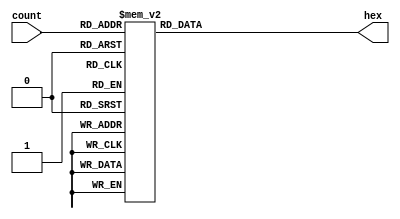
module s_seg(input [3:0] count, output reg [6:0] hex);
    always @(count) begin
        hex = 7'b0;
        case (count)
            4'd0: hex = 7'b1000000;
            4'd1: hex = 7'b1111001;
            4'd2: hex = 7'b0100100;
            4'd3: hex = 7'b0110000;
            4'd4: hex = 7'b0011001;
            4'd5: hex = 7'b0010010;
            4'd6: hex = 7'b0000010;
            4'd7: hex = 7'b1111000;
            4'd8: hex = 7'b0000000;
            4'd9: hex = 7'b0010000;
            4'd10: hex = 7'b0001000;
            4'd11: hex = 7'b0000011;
            4'd12: hex = 7'b1000110;
            4'd13: hex = 7'b0100001;
            4'd14: hex = 7'b0000110;
            4'd15: hex = 7'b0001110;
            default : hex = 7'b0;
        endcase
    end
endmodule